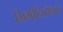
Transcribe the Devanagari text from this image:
मिर्गीनिरोधक